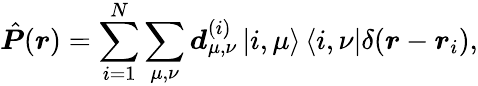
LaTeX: \hat{\boldsymbol P}(\boldsymbol r)=\sum_{i=1}^{N}\sum_{\mu,\nu}\boldsymbol d_{\mu,\nu}^{(i)}\left|i,\mu\right>\left<i,\nu\right|\delta(\boldsymbol r-\boldsymbol r_{i}),